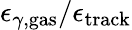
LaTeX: \epsilon_{\gamma,\mathrm{gas}}/\epsilon_{\mathrm{track}}